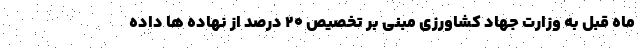
ماه قبل به وزارت جهاد کشاورزی مبنی بر تخصیص ۲۰ درصد از نهاده ها داده